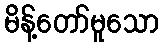
မိန့်တော်မူသော